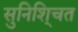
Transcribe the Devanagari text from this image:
सुनिशि्चत